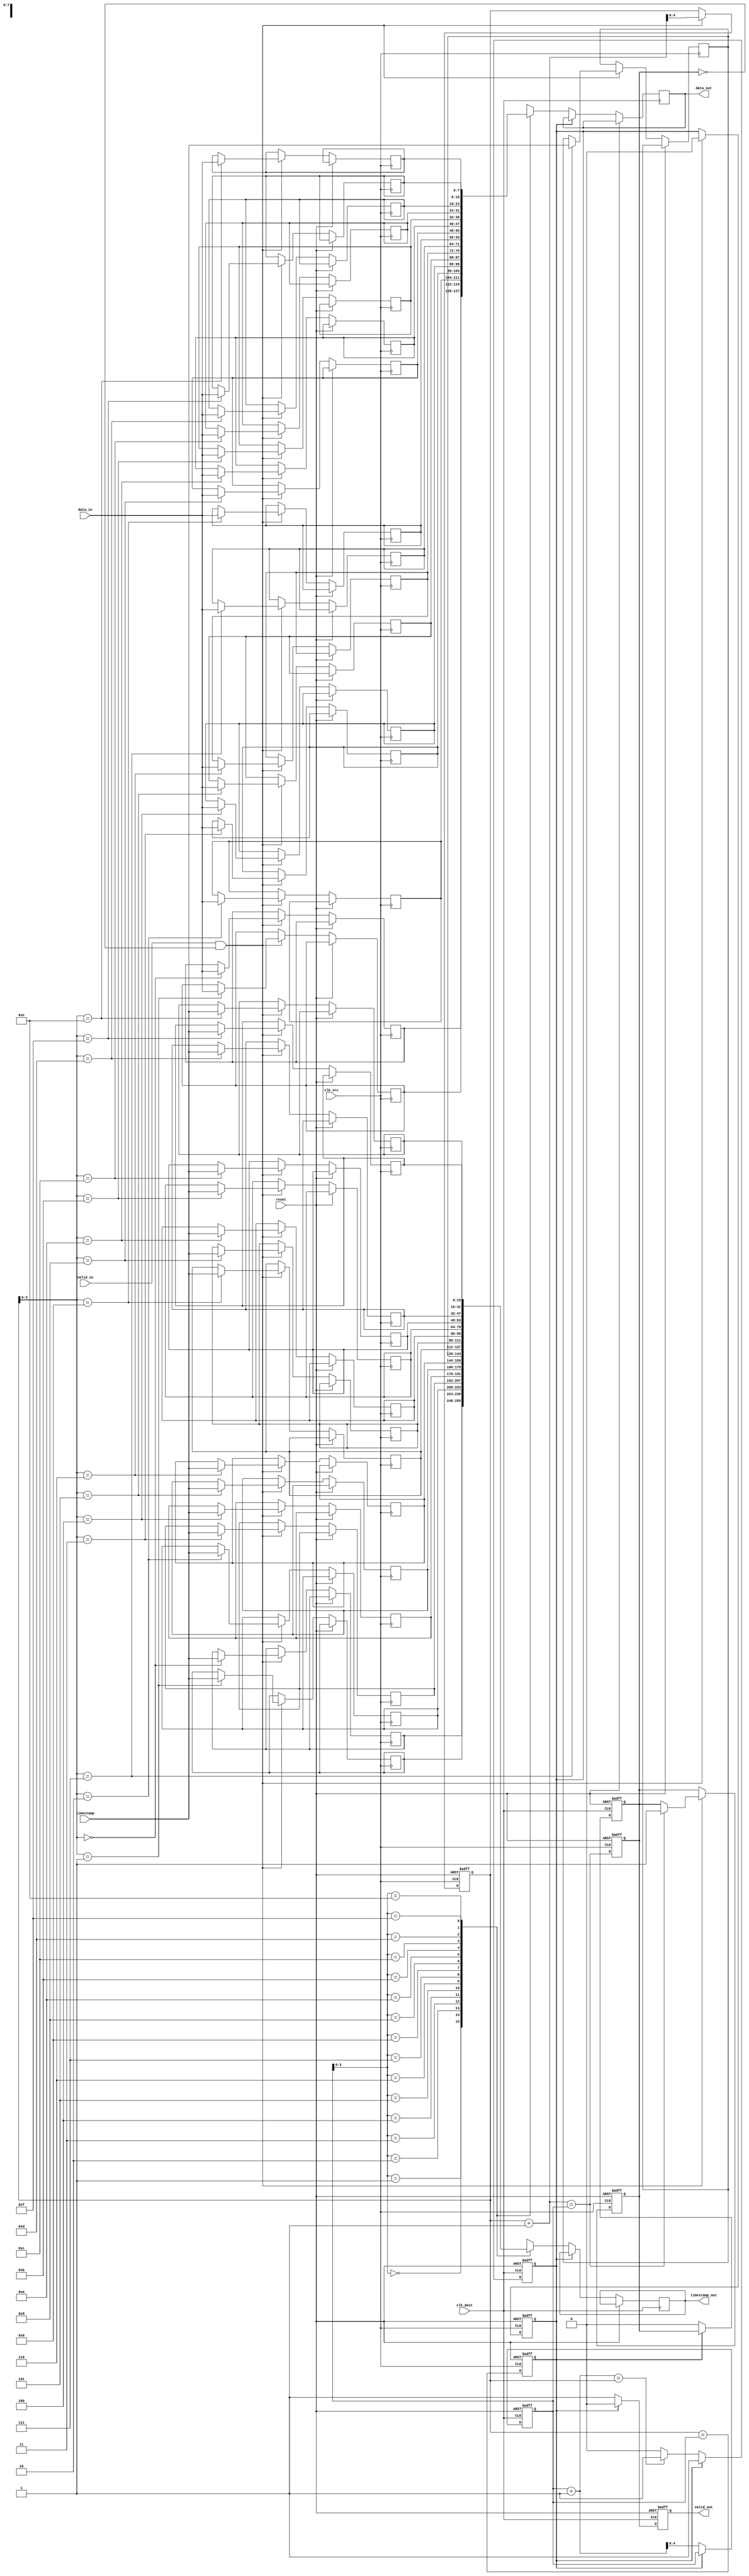
module TimeStampedSynchronizer #(
    parameter DATA_WIDTH = 8,
    parameter TIMESTAMP_WIDTH = 16,
    parameter FIFO_DEPTH = 16
)(
    input wire [DATA_WIDTH-1:0] data_in,
    input wire [TIMESTAMP_WIDTH-1:0] timestamp,
    input wire clk_src,
    input wire clk_dest,
    input wire valid_in,
    input wire reset,
    
    output reg [DATA_WIDTH-1:0] data_out,
    output reg [TIMESTAMP_WIDTH-1:0] timestamp_out,
    output reg valid_out
);

    // FIFO buffer for data and timestamp
    reg [DATA_WIDTH-1:0] fifo_data[FIFO_DEPTH-1:0];
    reg [TIMESTAMP_WIDTH-1:0] fifo_timestamp[FIFO_DEPTH-1:0];
    
    reg [4:0] write_pointer, read_pointer;
    reg fifo_full, fifo_empty;
    
    // Write control logic in source clock domain
    always @(posedge clk_src or posedge reset) begin
        if (reset) begin
            write_pointer <= 0;
            fifo_full <= 0;
            fifo_empty <= 1;
        end else if (valid_in && !fifo_full) begin
            fifo_data[write_pointer] <= data_in;
            fifo_timestamp[write_pointer] <= timestamp;
            write_pointer <= write_pointer + 1;
            fifo_empty <= 0;
            if (write_pointer + 1 == read_pointer)
                fifo_full <= 1;
        end
    end
    
    // Read control logic in destination clock domain
    always @(posedge clk_dest or posedge reset) begin
        if (reset) begin
            read_pointer <= 0;
            valid_out <= 0;
            fifo_full <= 0;
            fifo_empty <= 1;
        end else if (!fifo_empty) begin
            data_out <= fifo_data[read_pointer];
            timestamp_out <= fifo_timestamp[read_pointer];
            valid_out <= 1;
            read_pointer <= read_pointer + 1;
            if (read_pointer + 1 == write_pointer)
                fifo_empty <= 1;
            fifo_full <= 0;
        end else begin
            valid_out <= 0; // No valid data
        end
    end
    
    // FIFO status monitoring
    always @(posedge clk_src or posedge reset) begin
        if (reset) begin
            fifo_full <= 0;
            fifo_empty <= 1;
        end else begin
            fifo_full <= (write_pointer + 1 == read_pointer);
            fifo_empty <= (write_pointer == read_pointer);
        end
    end

endmodule